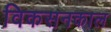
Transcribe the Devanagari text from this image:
विकसनकाल